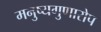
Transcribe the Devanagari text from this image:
मनुष्यगुणारोप